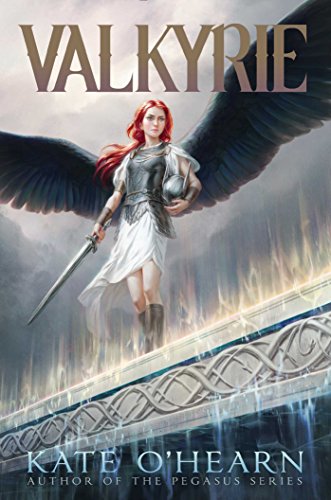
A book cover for Valkyrie; Kate O'Hearn; Children's Books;